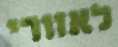
לאזורי